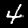
Label: 4